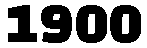
1900